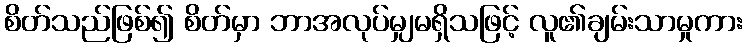
စိတ်သည်ဖြစ်၍ စိတ်မှာ ဘာအလုပ်မျှမရှိသဖြင့် လူ၏ချမ်းသာမှုကား